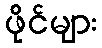
ဖိုင်များ